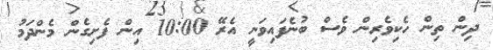
ދިން ތިން ހެކިވެރިން ވެސް ބުނެފައިވަނީ އެރޭ 10:00 އިން ފެށިގެން މެންދަމު